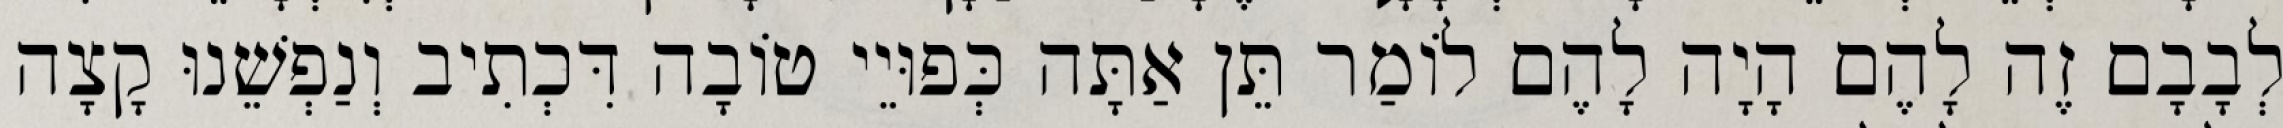
לְבָבָם זֶה לָהֶם הָיָה לָהֶם לוֹמַר תֵּן אַתָּה כְּפוּיֵי טוֹבָה דִּכְתִיב וְנַפְשֵׁנוּ קָצָה